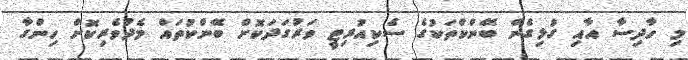
މި ހާދިސާ އާއި ގުޅިގެން ބޭންކްތަކުގެ ސެކިއުރިޓީ ވަރުގަދަކޮށް ބޭންކުތައް މެދުވެރިކޮށް ހިންގާ